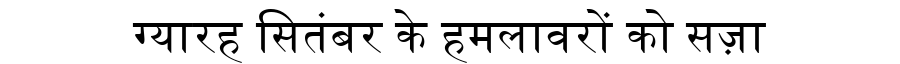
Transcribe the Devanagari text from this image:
ग्यारह सितंबर के हमलावरों को सज़ा